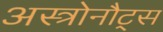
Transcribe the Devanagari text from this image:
अस्त्रोनौट्स